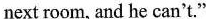
next room, and he can't."